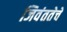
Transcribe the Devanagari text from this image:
जिवंततेचे